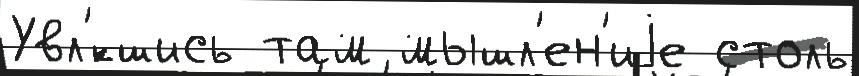
Увл'́кшись там мышл'ен'иjе столь